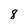
Character: 8